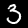
Label: 3